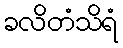
ခလိတံသိရံ